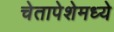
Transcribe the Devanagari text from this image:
चेतापेशेमध्ये